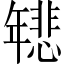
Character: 𫷞